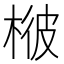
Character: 𣔓